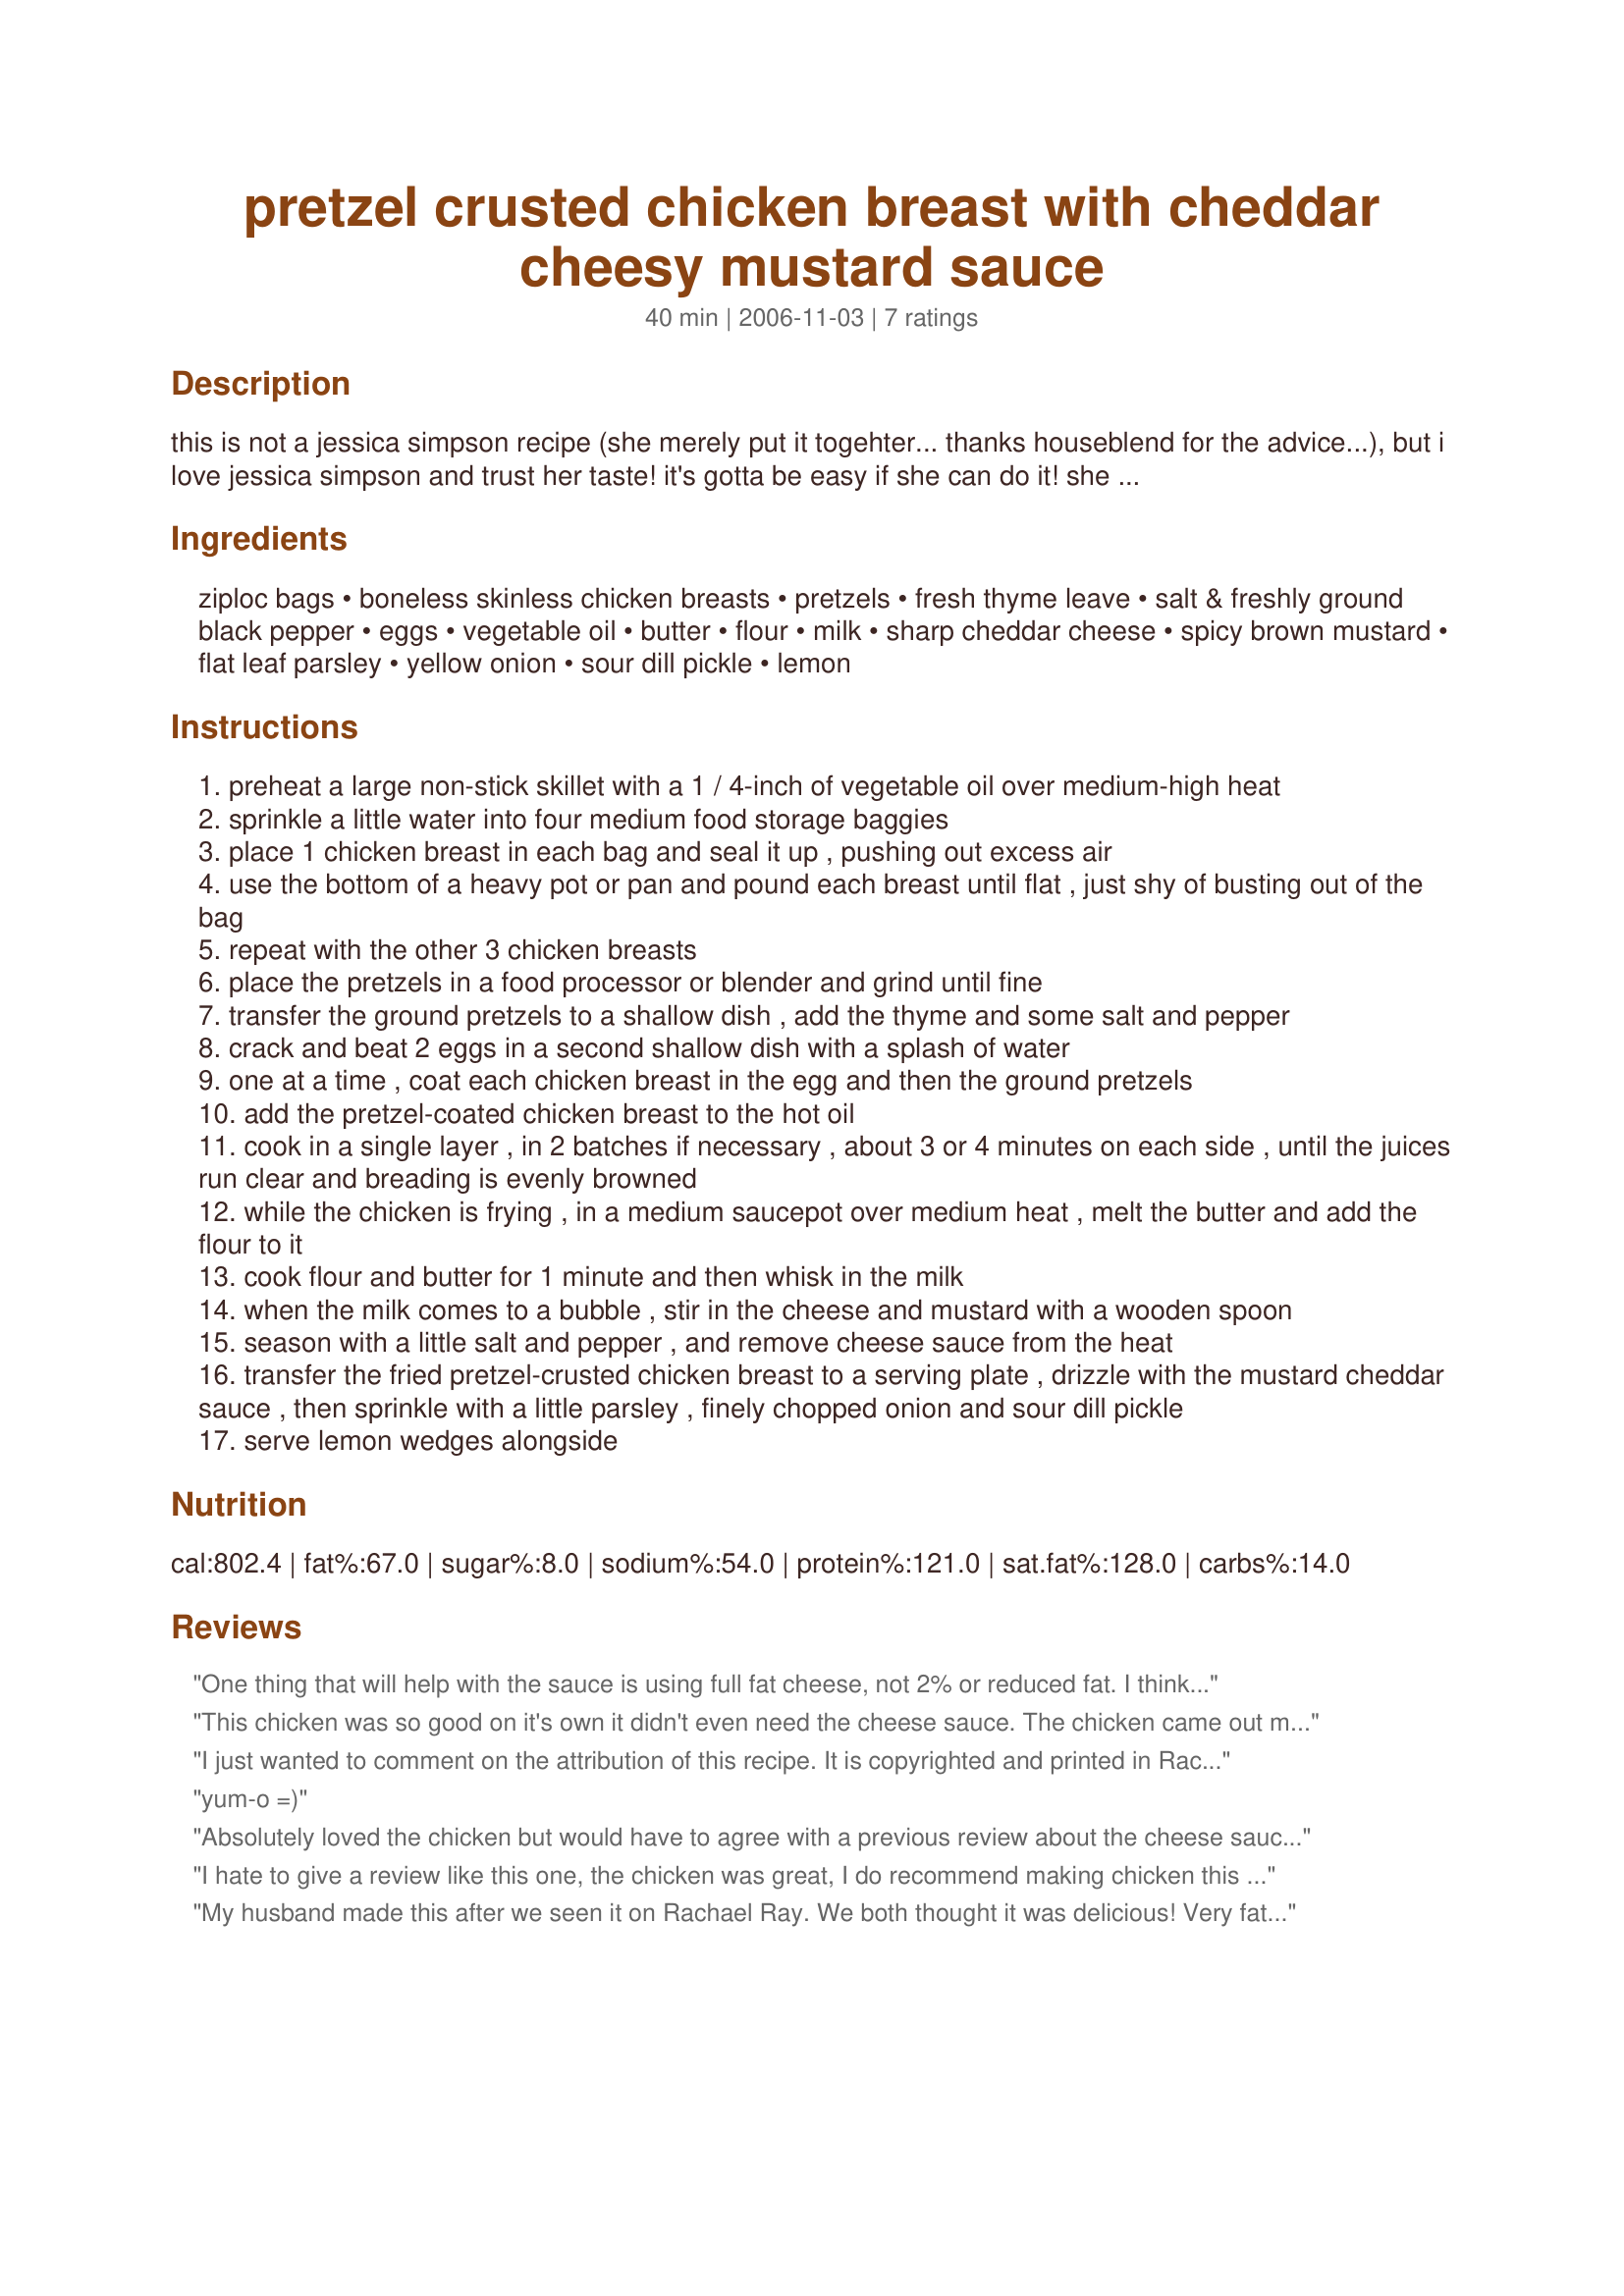
pretzel crusted chicken breast with cheddar cheesy mustard sauce
Preparation time: 40 minutes

this is not a jessica simpson recipe (she merely put it togehter... thanks houseblend for the advice...), but i love jessica simpson and trust her taste! it's gotta be easy if she can do it! she showed rachael ray (who owns the copyright to the recipe) how to put this dish together on rachael's new show. haven't tried it yet, but i'm sure i will in the next couple of weeks or so, then i will revise this description. enjoy:

Ingredients:
ziploc bags, boneless skinless chicken breasts, pretzels, fresh thyme leave, salt & freshly ground black pepper, eggs, vegetable oil, butter, flour, milk, sharp cheddar cheese, spicy brown mustard, flat leaf parsley, yellow onion, sour dill pickle, lemon

Steps:
preheat a large non-stick skillet with a 1 / 4-inch of vegetable oil over medium-high heat
sprinkle a little water into four medium food storage baggies
place 1 chicken breast in each bag and seal it up , pushing out excess air
use the bottom of a heavy pot or pan and pound each breast until flat , just shy of busting out of the bag
repeat with the other 3 chicken breasts
place the pretzels in a food processor or blender and grind until fine
transfer the ground pretzels to a shallow dish , add the thyme and some salt and pepper
crack and beat 2 eggs in a second shallow dish with a splash of water
one at a time , coat each chicken breast in the egg and then the ground pretzels
add the pretzel-coated chicken breast to the hot oil
cook in a single layer , in 2 batches if necessary , about 3 or 4 minutes on each side , until the juices run clear and breading is evenly browned
while the chicken is frying , in a medium saucepot over medium heat , melt the butter and add the flour to it
cook flour and butter for 1 minute and then whisk in the milk
when the milk comes to a bubble , stir in the cheese and mustard with a wooden spoon
season with a little salt and pepper , and remove cheese sauce from the heat
transfer the fried pretzel-crusted chicken breast to a serving plate , drizzle with the mustard cheddar sauce , then sprinkle with a little parsley , finely chopped onion and sour dill pickle
serve lemon wedges alongside

Reviews:
One thing that will help with the sauce is using full fat cheese, not 2% or reduced fat. I think the original recipe called for more cheese than is stated in the recipe as well. I've made the Racheal Ray 365 recipe many times, and it is always delicious! I tried it with the reduced fat cheese, and the sauce was not the same.
This chicken was so good on it's own it didn't even need the cheese sauce. The chicken came out moist with a crunchy coating. The sauce was good, but the chicken was definately the star of the show.
I just wanted to comment on the attribution of this recipe. It is copyrighted and printed in Rachael Ray's 365 Days of Recipes on page 267. It is not a Jessica Simpson recipe. I believe that the correct attribution should be noted per copyright laws. Just a heads up.
yum-o =)
Absolutely loved the chicken but would have to agree with a previous review about the cheese sauce - it is grainy and doesn't add to the flavor. I won't make with the cheese sauce again. I think I may have pounded the chicken too thin because those babies were huge and almost fell apart upon dredging and frying. Next time I won't pound until nearly busting out of the bag. I ground my pretzels in the coffee grinder and that worked beautifully.
I hate to give a review like this one, the chicken was great, I do recommend making chicken this way it holds the juice in and the presentation is beautiful. The mustard sauce is almost like a tangy cheese sauce which our family did not like, and no matter how long I stirred it, it seemed likt the cheese would not incorporate, so it was grainy and soupy. This would still be good with a lot of other sauces though. Thanks.
My husband made this after we seen it on Rachael Ray. We both thought it was delicious! Very fattening, but some things are worth it!
